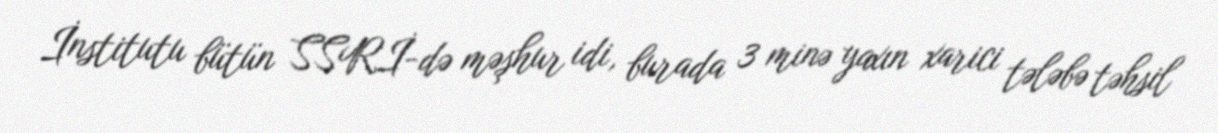
İnstitutu bütün SSRİ-də məşhur idi, burada 3 minə yaxın xarici tələbə təhsil